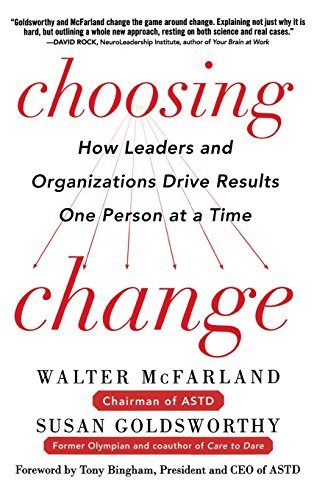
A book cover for Choosing Change: How Leaders and Organizations Drive Results One Person at a Time; Walter McFarland; Business & Money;